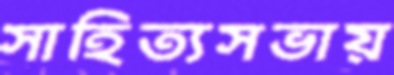
সাহিত্যসভায়